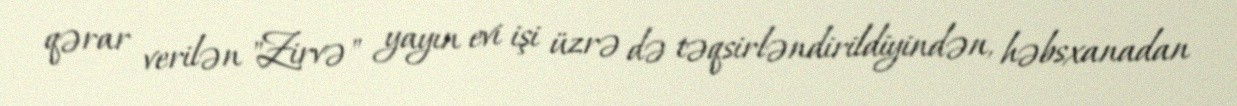
qərar verilən "Zirvə" yayın evi işi üzrə də təqsirləndirildiyindən, həbsxanadan